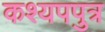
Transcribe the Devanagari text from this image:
कश्यपपुत्र